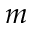
m